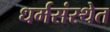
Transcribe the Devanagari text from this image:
धर्मसंस्थेत